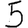
Digit: 5